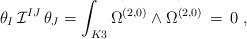
\begin{align*}\theta_I \,{\cal I}^{IJ} \, \theta_J =\int_{K3} \Omega^{(2,0)} \wedge \Omega^{(2,0)} \, = \, 0\ , \end{align*}